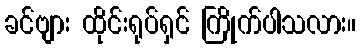
ခင်ဗျား ထိုင်းရုပ်ရှင် ကြိုက်ပါသလား။